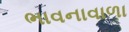
ભાવનાવાળા